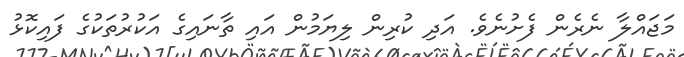
މަޖައްލާ ނެރެން ފެށުނެވެ. އަދި ކުރިން ލިޔަމުން އައި ތާނައިގެ އަކުރުތަކުގެ ފައިކޮޅު